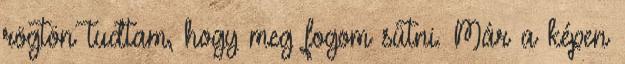
rögtön tudtam, hogy meg fogom sütni. Már a képen